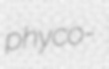
phyco-